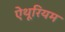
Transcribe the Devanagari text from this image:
ऐथूरियम